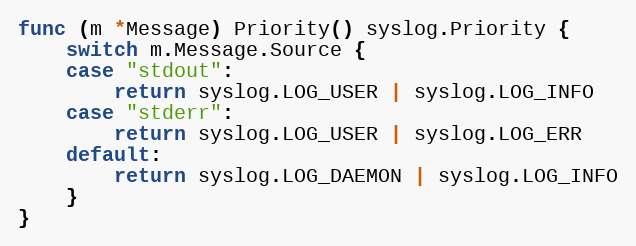
Language: Go
func (m *Message) Priority() syslog.Priority {
	switch m.Message.Source {
	case "stdout":
		return syslog.LOG_USER | syslog.LOG_INFO
	case "stderr":
		return syslog.LOG_USER | syslog.LOG_ERR
	default:
		return syslog.LOG_DAEMON | syslog.LOG_INFO
	}
}